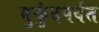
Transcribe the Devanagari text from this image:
मुकुंदपर्वत